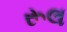
રૂલ